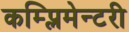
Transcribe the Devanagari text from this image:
कम्प्लिमेन्टरी